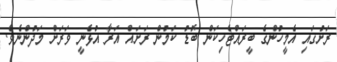
ރަށުގައި އެމީހުންގެ ބީރައްޓެހިކަން ބޮޑު ކަމުން ރަށައް އަރާ އުޅެނީ ވަރަށް މަދުންނެވެ.